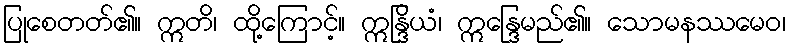
ပြုစေတတ်၏။ ဣတိ၊ ထို့ကြောင့်။ ဣန္ဒြိယံ၊ ဣန္ဒြေမည်၏။ သောမနဿမေဝ၊